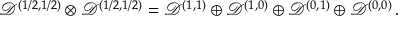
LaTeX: { \mathcal D } ^ { ( 1 / 2 , 1 / 2 ) } \otimes { \mathcal D } ^ { ( 1 / 2 , 1 / 2 ) } = { \mathcal D } ^ { ( 1 , 1 ) } \oplus { \mathcal D } ^ { ( 1 , 0 ) } \oplus { \mathcal D } ^ { ( 0 , 1 ) } \oplus { \mathcal D } ^ { ( 0 , 0 ) } \, .